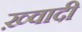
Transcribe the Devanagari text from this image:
ख़्वादी